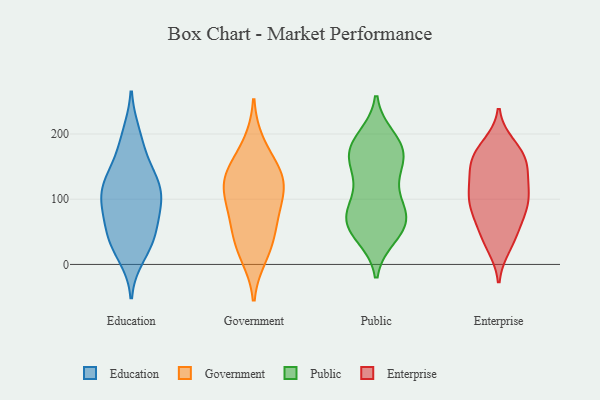
{"axis": {"x": "Tickets Resolved", "y": "Value"}, "legend": ["Education", "Enterprise", "Government", "Public"], "data": [{"x": "", "y": 39, "type": "Education"}, {"x": "", "y": 96, "type": "Education"}, {"x": "", "y": 131, "type": "Education"}, {"x": "", "y": 72, "type": "Education"}, {"x": "", "y": 38, "type": "Education"}, {"x": "", "y": 106, "type": "Education"}, {"x": "", "y": 114, "type": "Education"}, {"x": "", "y": 104, "type": "Education"}, {"x": "", "y": 94, "type": "Education"}, {"x": "", "y": 187, "type": "Education"}, {"x": "", "y": 55, "type": "Education"}, {"x": "", "y": 14, "type": "Education"}, {"x": "", "y": 199, "type": "Education"}, {"x": "", "y": 34, "type": "Education"}, {"x": "", "y": 142, "type": "Education"}, {"x": "", "y": 142, "type": "Education"}, {"x": "", "y": 111, "type": "Government"}, {"x": "", "y": 119, "type": "Government"}, {"x": "", "y": 14, "type": "Government"}, {"x": "", "y": 76, "type": "Government"}, {"x": "", "y": 83, "type": "Government"}, {"x": "", "y": 142, "type": "Government"}, {"x": "", "y": 134, "type": "Government"}, {"x": "", "y": 138, "type": "Government"}, {"x": "", "y": 184, "type": "Government"}, {"x": "", "y": 47, "type": "Government"}, {"x": "", "y": 30, "type": "Government"}, {"x": "", "y": 194, "type": "Public"}, {"x": "", "y": 170, "type": "Public"}, {"x": "", "y": 43, "type": "Public"}, {"x": "", "y": 46, "type": "Public"}, {"x": "", "y": 125, "type": "Public"}, {"x": "", "y": 98, "type": "Public"}, {"x": "", "y": 66, "type": "Public"}, {"x": "", "y": 156, "type": "Public"}, {"x": "", "y": 65, "type": "Public"}, {"x": "", "y": 78, "type": "Public"}, {"x": "", "y": 178, "type": "Public"}, {"x": "", "y": 161, "type": "Public"}, {"x": "", "y": 50, "type": "Public"}, {"x": "", "y": 171, "type": "Public"}, {"x": "", "y": 87, "type": "Public"}, {"x": "", "y": 133, "type": "Public"}, {"x": "", "y": 72, "type": "Public"}, {"x": "", "y": 71, "type": "Public"}, {"x": "", "y": 195, "type": "Public"}, {"x": "", "y": 174, "type": "Public"}, {"x": "", "y": 61, "type": "Enterprise"}, {"x": "", "y": 81, "type": "Enterprise"}, {"x": "", "y": 135, "type": "Enterprise"}, {"x": "", "y": 124, "type": "Enterprise"}, {"x": "", "y": 169, "type": "Enterprise"}, {"x": "", "y": 39, "type": "Enterprise"}, {"x": "", "y": 162, "type": "Enterprise"}, {"x": "", "y": 42, "type": "Enterprise"}, {"x": "", "y": 182, "type": "Enterprise"}, {"x": "", "y": 151, "type": "Enterprise"}, {"x": "", "y": 163, "type": "Enterprise"}, {"x": "", "y": 94, "type": "Enterprise"}, {"x": "", "y": 84, "type": "Enterprise"}, {"x": "", "y": 29, "type": "Enterprise"}, {"x": "", "y": 100, "type": "Enterprise"}, {"x": "", "y": 97, "type": "Enterprise"}, {"x": "", "y": 104, "type": "Enterprise"}, {"x": "", "y": 130, "type": "Enterprise"}, {"x": "", "y": 171, "type": "Enterprise"}]}